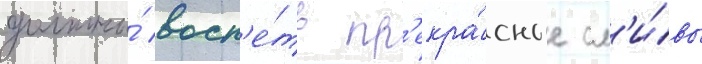
должны́ восп'е́ть пр'екра́сные сл'и́вы